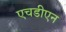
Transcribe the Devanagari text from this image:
एचडीएन